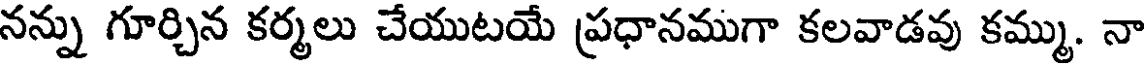
నన్ను గూర్చిన కర్మలు చేయుటయే ప్రధానముగా కలవాడవు కమ్ము. నా